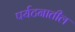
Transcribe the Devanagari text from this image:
पर्यटनातील